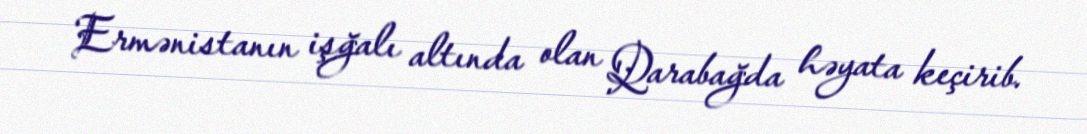
Ermənistanın işğalı altında olan Qarabağda həyata keçirib.